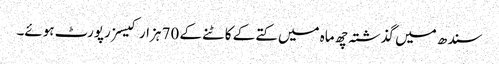
سندھ میں گذشتہ چھ ماہ میں کتے کے کاٹنے کے 70 ہزار کیسز رپورٹ ہوئے۔